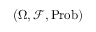
( \Omega , \mathcal { F } , \operatorname { P r o b } )